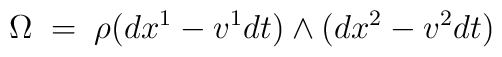
\Omega \;=\; \rho (dx^1-v^1 dt) \land (dx^2-v^2 dt)